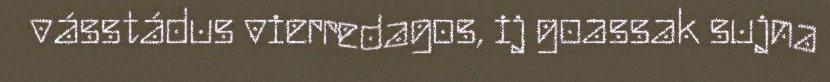
vásstádus vierredagos, ij goassak sujna